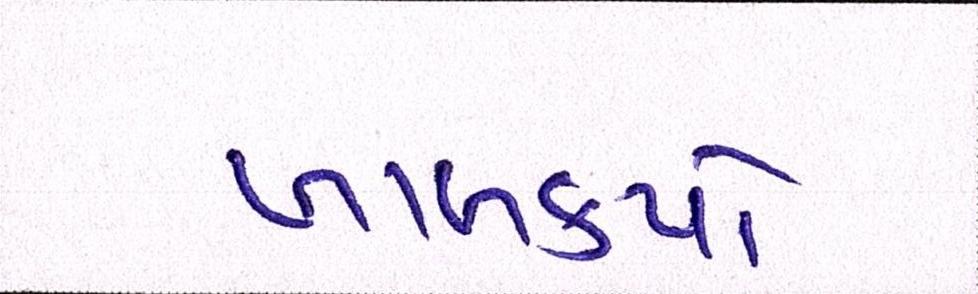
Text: ખાબક્યો